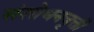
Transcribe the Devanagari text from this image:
संशोधनवृत्ती